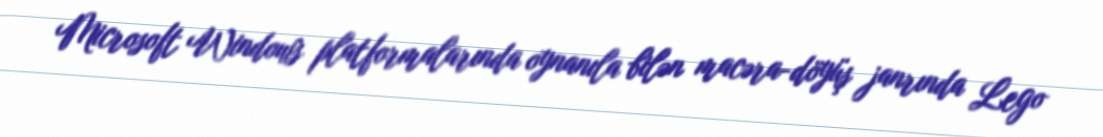
Microsoft Windows platformalarında oynanıla bilən macəra-döyüş janrında Lego